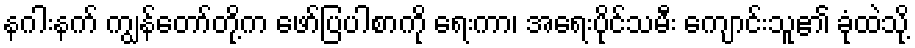
နဂါးနက် ကျွန်တော်တို့က ဖော်ပြပါစာကို ရေးကာ၊ အရေးပိုင်သမီး ကျောင်းသူ၏ ခုံထဲသို့